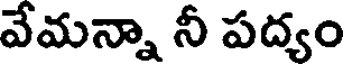
వేమన్నా నీ పద్యం